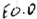
Text: E0.0